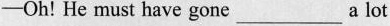
-Oh! He must have gone ___ a lot